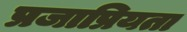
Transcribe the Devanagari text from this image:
प्रजाप्रियता